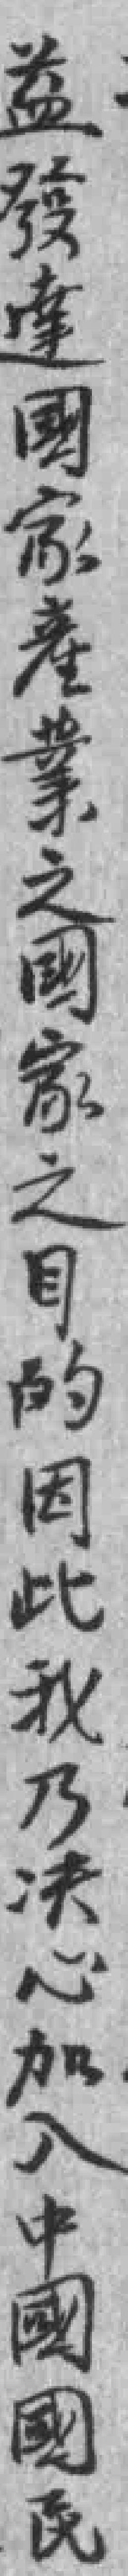
益發達國家產業之國家之目的因此我乃決心加入中國國民